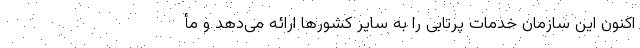
اکنون این سازمان خدمات پرتابی را به سایر کشورها ارائه می‌دهد و مأ